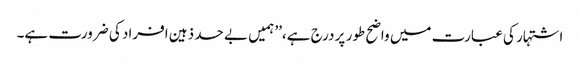
اشتہار کی عبارت میں واضح طور پر درج ہے،’’ ہمیں بے حد ذہین افراد کی ضرورت ہے۔